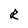
Character: R